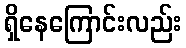
ရှိနေကြောင်းလည်း